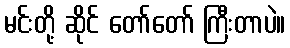
မင်းတို့ ဆိုင် တော်တော် ကြီးတာပဲ။